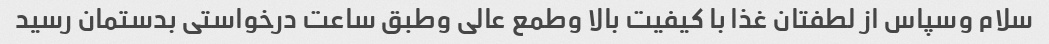
سلام وسپاس از لطفتان غذا با کیفیت بالا وطمع عالی وطبق ساعت درخواستی بدستمان رسید